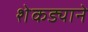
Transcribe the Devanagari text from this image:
शेकड्याने